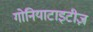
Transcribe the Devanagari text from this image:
गोनियाटाइटीज़